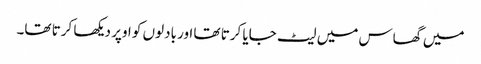
میں گھاس میں لیٹ جایا کرتا تھا اور بادلوں کو اوپر دیکھا کرتا تھا۔